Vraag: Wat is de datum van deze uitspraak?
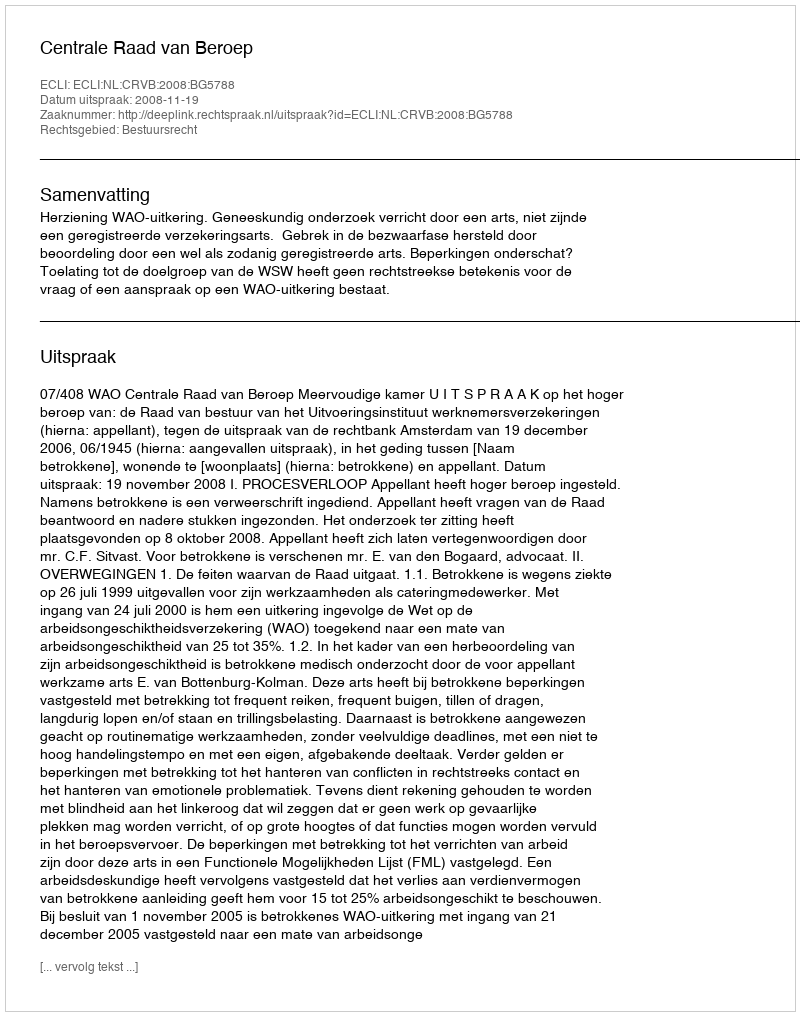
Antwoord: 2008-11-19